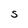
Character: S